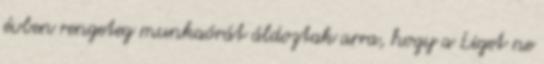
évben rengeteg munkaórát áldoztak arra, hogy a Liget ne